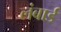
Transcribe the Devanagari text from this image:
लंबार्ड